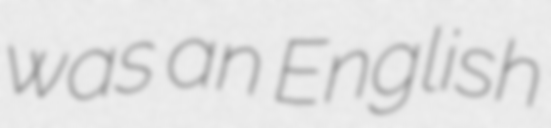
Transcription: was an English